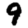
Digit: 9